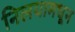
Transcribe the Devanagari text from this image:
निलयामधून